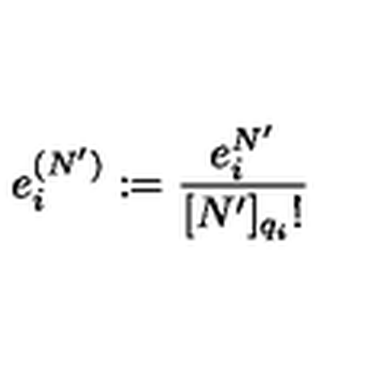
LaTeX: e _ { i } ^ { ( N ^ { \prime } ) } : = \frac { e _ { i } ^ { N ^ { \prime } } } { [ N ^ { \prime } ] _ { q _ { i } } ! }